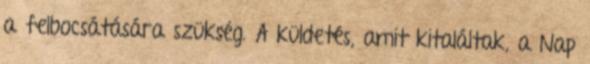
a felbocsátására szükség. A küldetés, amit kitaláltak, a Nap